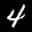
Label: 4